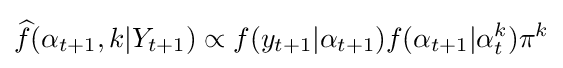
{\widehat {f}}(\alpha _{t+1},k|Y_{t+1})\propto f(y_{t+1}|\alpha _{t+1})f(\alpha _{t+1}|\alpha _{t}^{k})\pi ^{k}